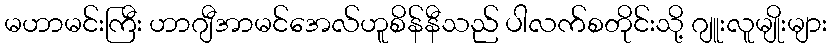
မဟာမင်းကြီး ဟာဂျီအာမင်အေလ်ဟူစိန်နီသည် ပါလက်စတိုင်းသို့ ဂျူးလူမျိုးများ